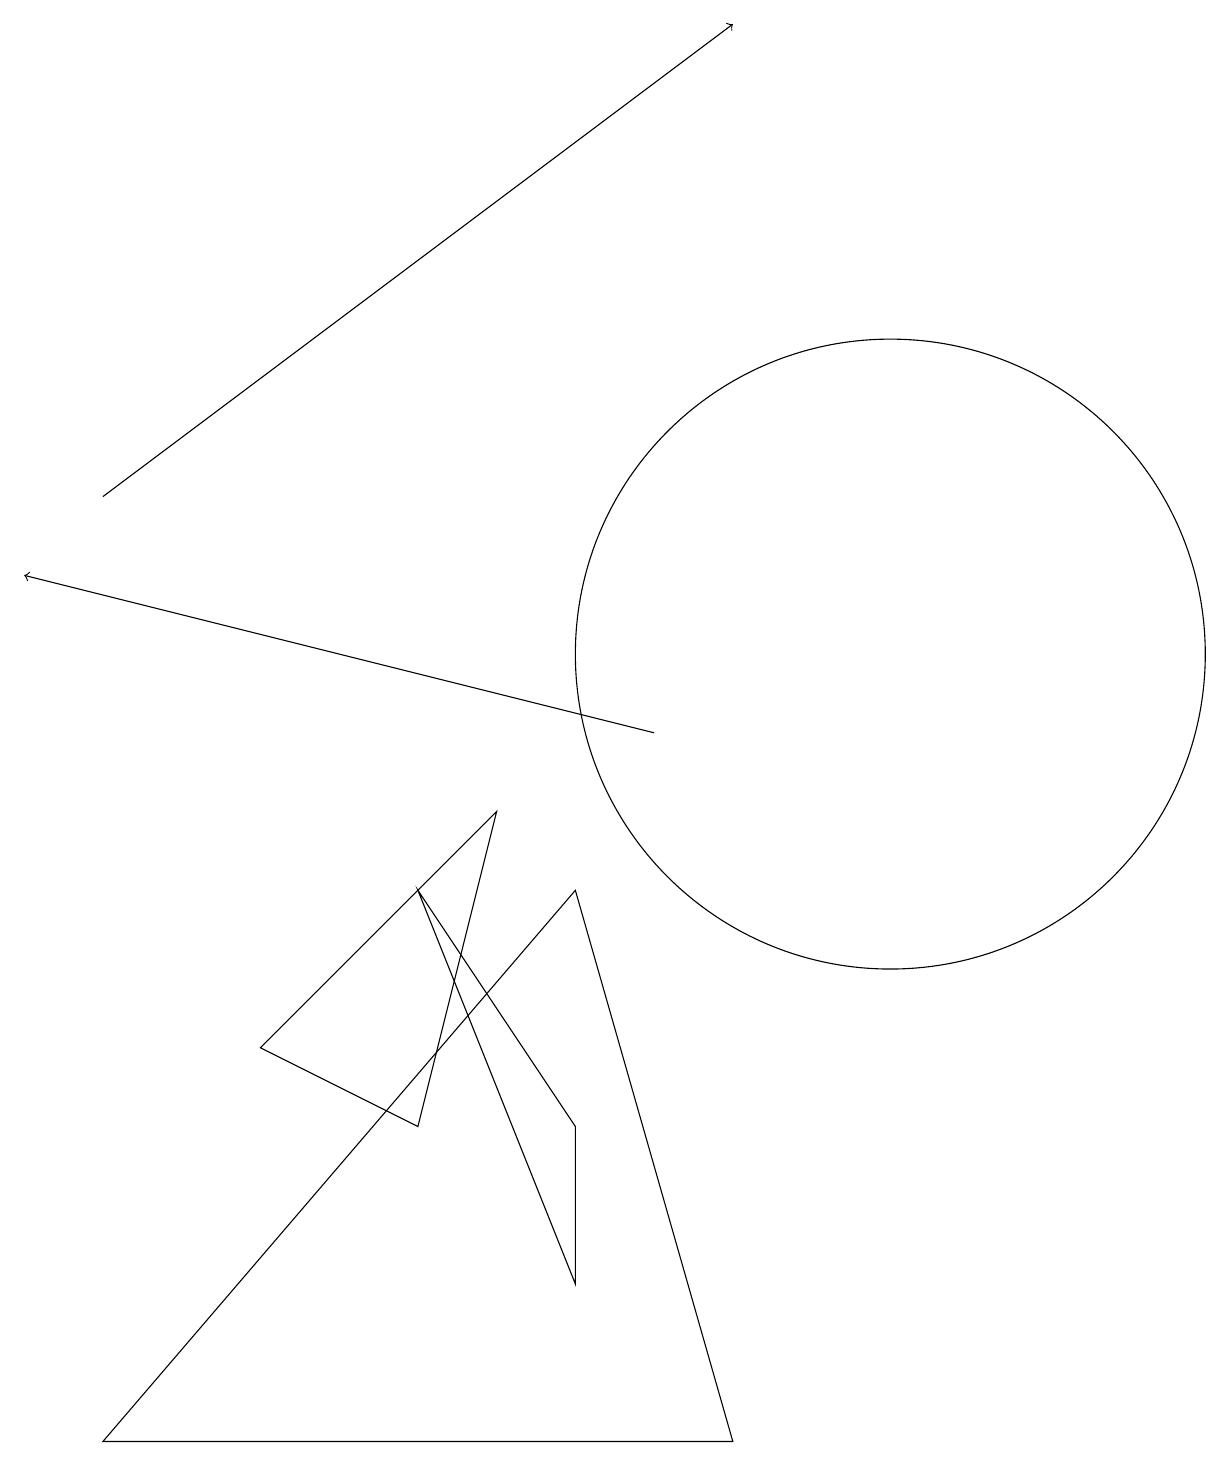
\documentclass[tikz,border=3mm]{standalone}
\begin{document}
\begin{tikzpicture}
\draw (11,11) circle (4);
\draw (9,1) -- (7,8) -- (1,1) -- cycle;
\draw (5,8) -- (7,5) -- (7,3) -- cycle;
\draw[->] (8,10) -- (0,12);
\draw (3,6) -- (6,9) -- (5,5) -- cycle;
\draw[->] (1,13) -- (9,19);
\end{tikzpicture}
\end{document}